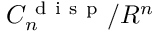
C _ { n } ^ { \mathrm { ~ d ~ i ~ s ~ p ~ } } / R ^ { n }